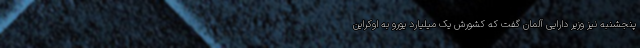
پنجشنبه نیز وزیر دارایی آلمان گفت که کشورش یک میلیارد یورو به اوکراین